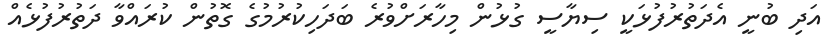
އަދި ބުނީ އެދަތުރުފުޅަކީ ސިޔާސީ ގުޅުން މިހާރަށްވުރެ ބަދަހިކުރުމުގެ ގޮތުން ކުރައްވާ ދަތުރުފުޅެއް